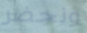
ونحضر